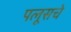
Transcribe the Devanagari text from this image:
पलूसचे